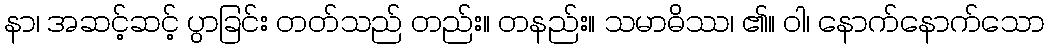
နာ၊ အဆင့်ဆင့် ပွာခြင်း တတ်သည် တည်း။ တနည်း။ သမာဓိဿ၊ ၏။ ဝါ၊ နောက်နောက်သော